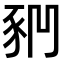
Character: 𧰶